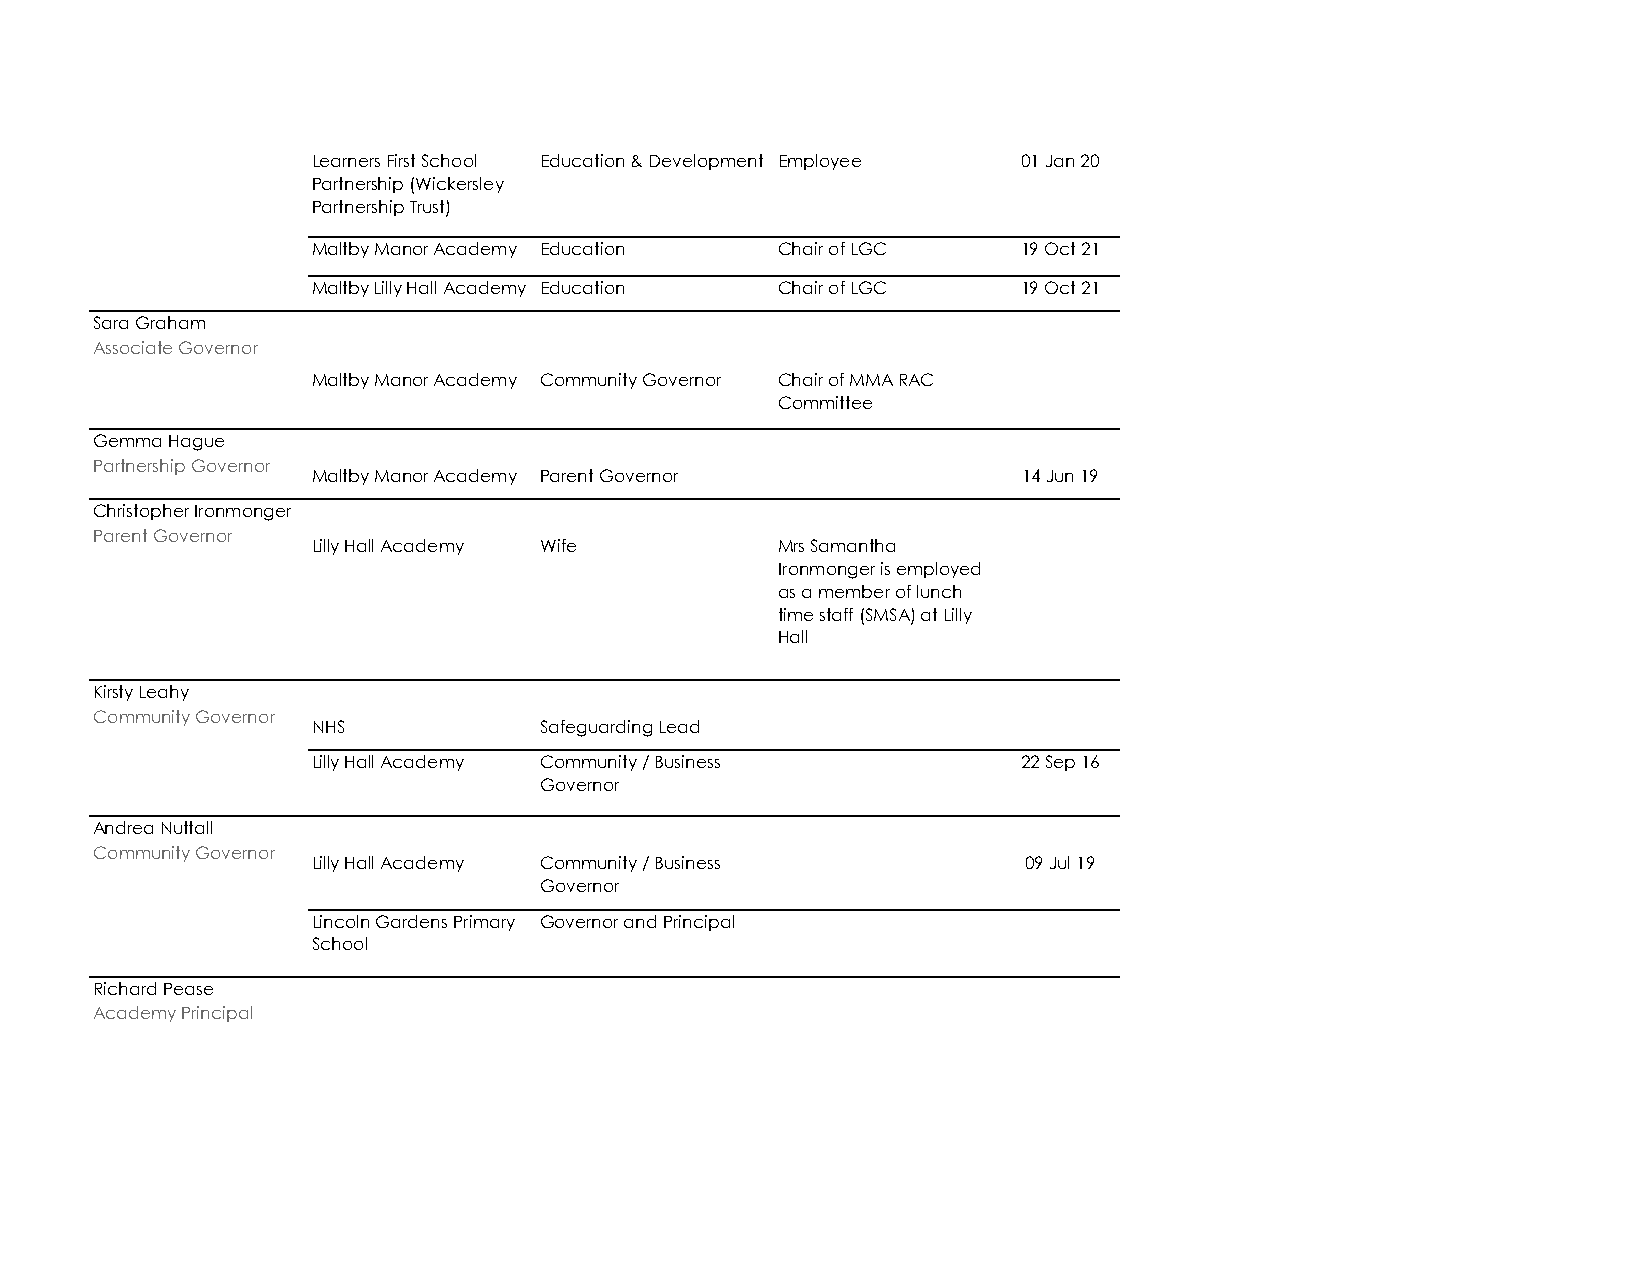
Claire Garbutt
 Community Governor
 Learners First School Education & Development Employee 01 Jan 20
 Partnership (Wickersley
 Partnership Trust)
 Maltby Manor Academy Education Chair of LGC    19 Oct 21
 Maltby Lilly Hall Academy Education Chair of LGC 19 Oct 21
 Sara Graham
 Associate Governor
 Maltby Manor Academy Community Governor Chair of MMA RAC
 Committee
 Gemma Hague
 Partnership Governor
 Maltby Manor Academy Parent Governor           14 Jun 19
 Christopher Ironmonger
 Parent Governor
 Lilly Hall Academy Wife       Mrs Samantha
 Ironmonger is employed
 as a member of lunch
 time staff (SMSA) at Lilly
 Hall
 Kirsty Leahy
 Community Governor
 NHS            Safeguarding Lead
 Lilly Hall Academy Community / Business        22 Sep 16
 Governor
 Andrea Nuttall
 Community Governor
 Lilly Hall Academy Community / Business        09 Jul 19
 Governor
 Lincoln Gardens Primary Governor and Principal
 School
 Richard Pease
 Academy Principal